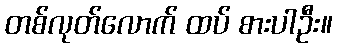
တစ်လုတ်လောက် ထပ် စားပါဦး။